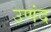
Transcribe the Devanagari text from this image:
उणंद